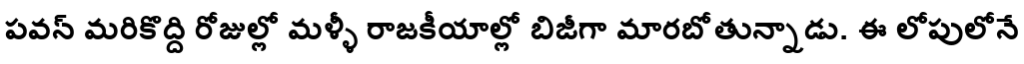
పవన్ మరికొద్ది రోజుల్లో మళ్ళీ రాజకీయాల్లో బిజీగా మారబోతున్నాడు. ఈ లోపులోనే